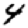
Digit: 4